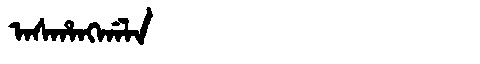
Manchu: ᠠᠰᡥᠠᠩᡤᠠᠯᠠ
Romanization: ASHANGGALA